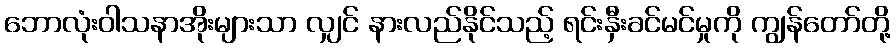
ဘောလုံးဝါသနာအိုးများသာ လျှင် နားလည်နိုင်သည့် ရင်းနှီးခင်မင်မှုကို ကျွန်တော်တို့